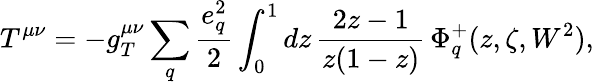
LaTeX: T^{\mu\nu}=-g_{T}^{\mu\nu}\sum_{q}\frac{e_{q}^{2}}{2}\int_{0}^{1}dz\, \frac{2z-1}{z(1-z)}\, \Phi_{q}^{+}(z,\zeta,W^{2}),